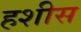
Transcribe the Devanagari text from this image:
हशीस